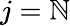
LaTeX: j=\mathbb{N}